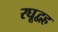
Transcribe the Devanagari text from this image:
रघूद्वह